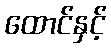
ထောင်နှင့်